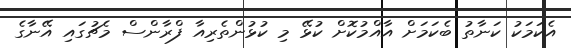
އެކަމަކު ކަނާތު ބެކަމަށް އާއްމުކޮށް ކުޅޭ މި ކުޅުންތެރިއާ ފްރާންސް މެޗުގައި އޭނާގެ